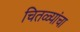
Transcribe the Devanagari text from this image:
चितळ्यांचा